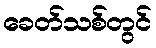
ခေတ်သစ်တွင်